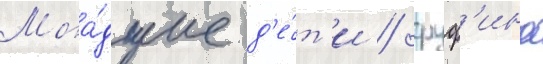
Мла́дшие д'е́т'и / руф'ина